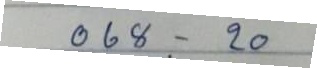
068 - 20